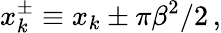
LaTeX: x_{k}^{\pm}\equiv x_{k}\pm\pi\beta^{2}/2\, ,